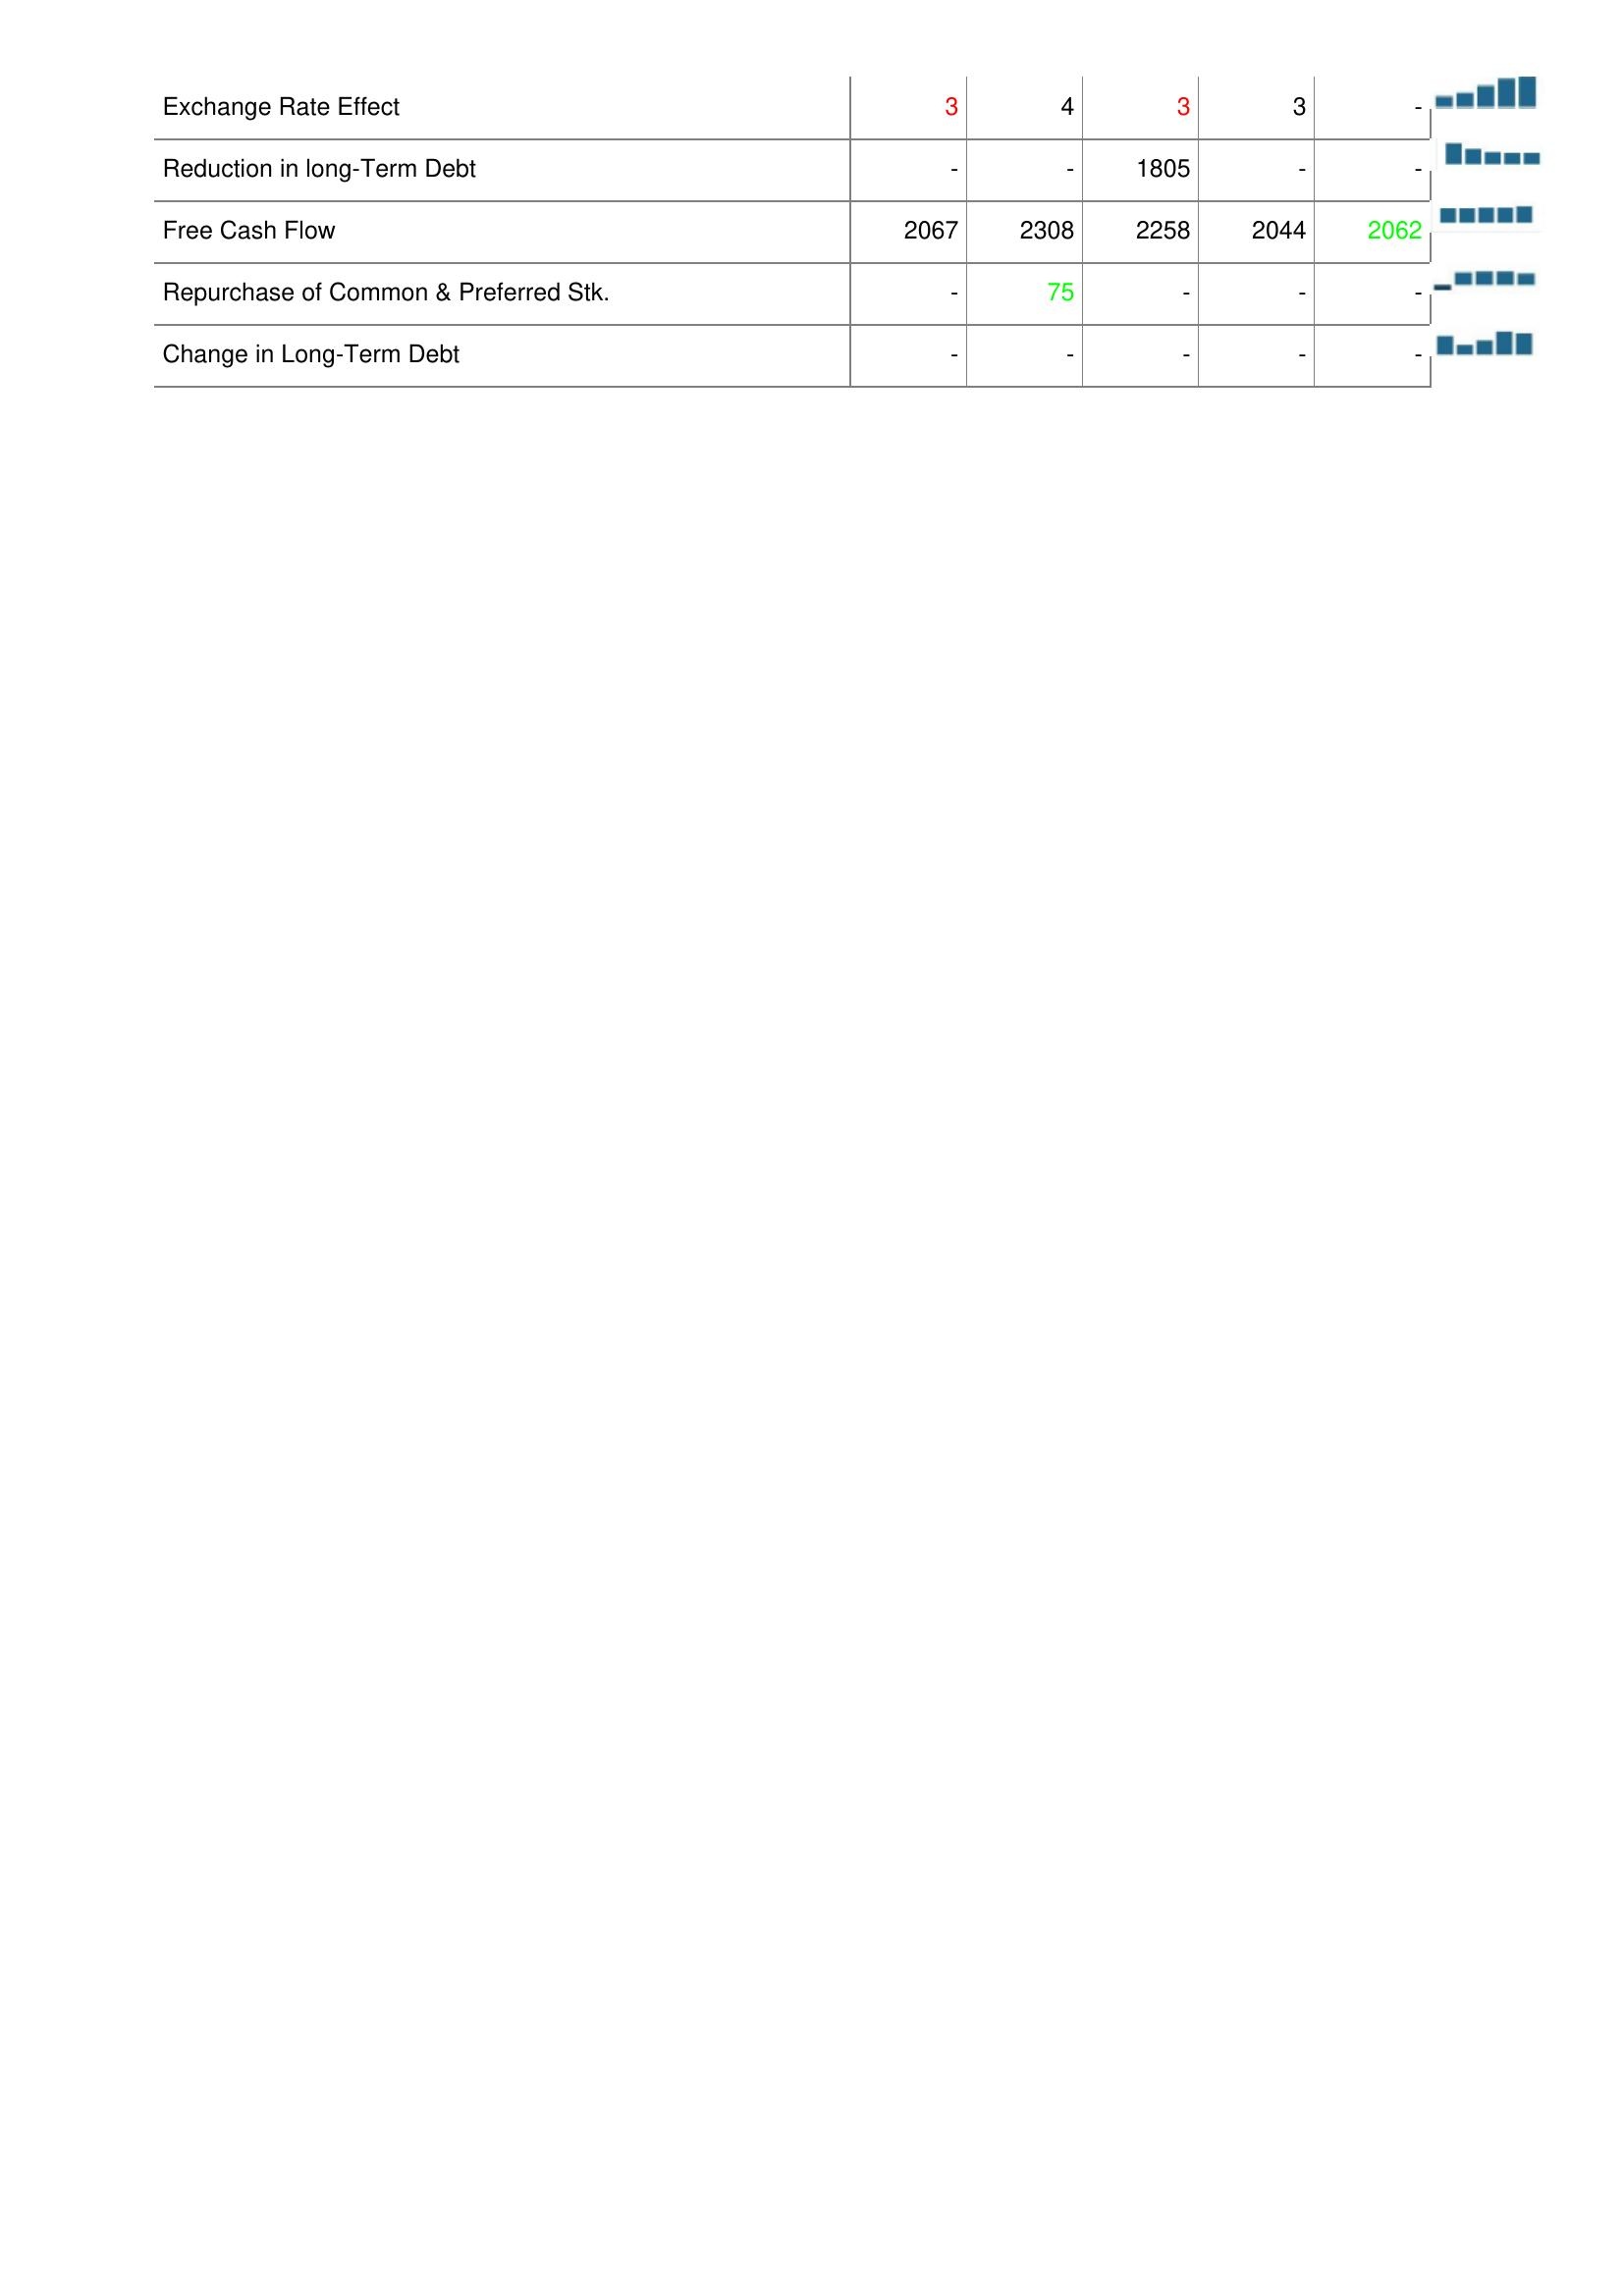
2018: Financing Activities: Exchange Rate Effect: 3
Reduction in long-Term Debt: -
Free Cash Flow: 2067
Repurchase of Common & Preferred Stk.: -
Change in Long-Term Debt: -
2019: Financing Activities: Exchange Rate Effect: 4
Reduction in long-Term Debt: -
Free Cash Flow: 2308
Repurchase of Common & Preferred Stk.: 75
Change in Long-Term Debt: -
2020: Financing Activities: Exchange Rate Effect: 3
Reduction in long-Term Debt: 1805
Free Cash Flow: 2258
Repurchase of Common & Preferred Stk.: -
Change in Long-Term Debt: -
2021: Financing Activities: Exchange Rate Effect: 3
Reduction in long-Term Debt: -
Free Cash Flow: 2044
Repurchase of Common & Preferred Stk.: -
Change in Long-Term Debt: -
2022: Financing Activities: Exchange Rate Effect: -
Reduction in long-Term Debt: -
Free Cash Flow: 2062
Repurchase of Common & Preferred Stk.: -
Change in Long-Term Debt: -